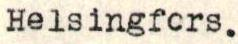
Helsingfors.